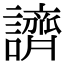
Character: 䜞